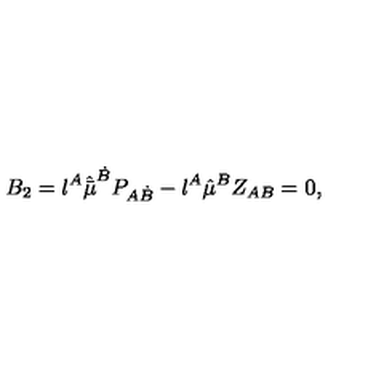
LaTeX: B _ { 2 } = { \l } ^ { A } \hat { \bar { \mu } } ^ { \dot { B } } P _ { A \dot { B } } - \l ^ { A } \hat { \mu } ^ { B } Z _ { A B } = 0 ,